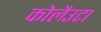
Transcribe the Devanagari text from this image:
कोलैउटा